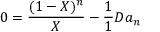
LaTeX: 0 = { \frac { ( 1 - X ) ^ { n } } { X } } - { \frac { 1 } { 1 } { { D a _ { n } } } }